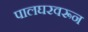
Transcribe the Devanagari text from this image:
पालघरवरून